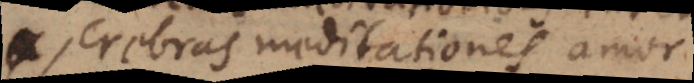
crebras meditationes amor